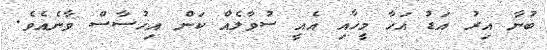
ބުނާ އިރު އަޑު އަހާ މީހާއި އެއީ ސުވާލެއް ކަން އިހުސާސް ވާނެއެވެ.